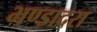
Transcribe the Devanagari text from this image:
भण्डादरा